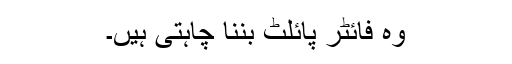
وہ فائٹر پائلٹ بننا چاہتی ہیں۔